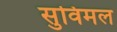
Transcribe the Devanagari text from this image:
सुविमल